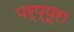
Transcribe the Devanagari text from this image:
पर्प्यूरा